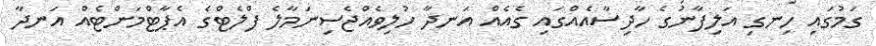
ގަމުގައި ހިނގި އަލިފާނުގެ ހާދިސާއެއްގައި ގެއެއް އަނދާ ހުލިވެއްޖެސިނަމާލެ ފްލެޓްގެ އެޕާޓްމަންޓެއް އަނދާ